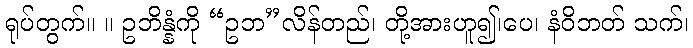
ရုပ်တွက်။ ။ ဥဘိန္နံကို “ဥဘ”လိန်တည်၊ တို့အားဟူ၍၊ပေ၊ နံဝိဘတ် သက်၊